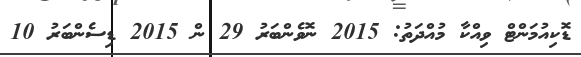
ޑޮކިއުމަންޓް ވިއްކާ މުއްދަތު: 2015 ނޮވެންބަރު 29 ން 2015 ޑިސެންބަރު 10